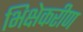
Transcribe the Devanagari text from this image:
भिक्षेकरीण